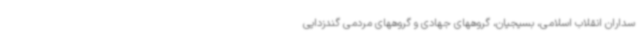
سداران انقلاب اسلامی، بسیجیان، گروههای جهادی و گروههای مردمی گندزدایی